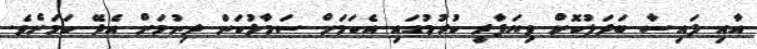
އާއި ފައިސާ ބަދަލުކޮށް ވިޔަފާރި ކުރުމުގައި އެކަމަށް ސަމާލުކަން ދިނުމަށް އެދޭ ކަމަށެވެ.